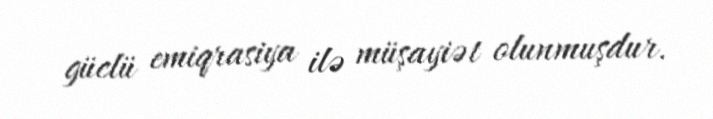
güclü emiqrasiya ilə müşayiət olunmuşdur.